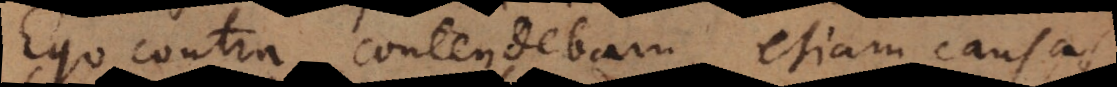
Ego contra contendebam, etiam causas